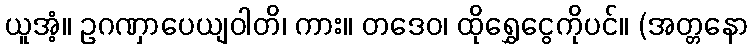
ယူအံ့။ ဥဂဏှာပေယျဝါတိ၊ ကား။ တဒေဝ၊ ထိုရွှေငွေကိုပင်။ (အတ္တနော